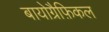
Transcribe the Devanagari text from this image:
बायोग्रैफ़िकल